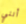
أنني